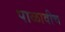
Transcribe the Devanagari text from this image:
पाळावीच